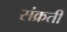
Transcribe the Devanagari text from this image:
संक्रती